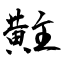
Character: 黈